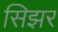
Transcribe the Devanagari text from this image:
सिझर